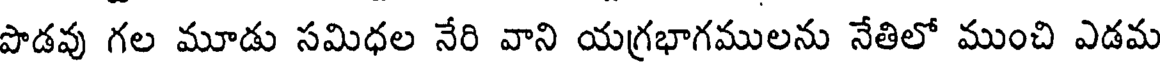
పాడవు గల మూడు సమిధల నేరి వాని యగ్రభాగములను నేతిలో ముంచి ఎడమ